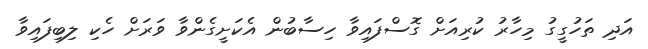
އަދި ތަހުގީގު މިހާރު ކުރިއަށް ގޮސްފައިވާ ހިސާބުން އެކަށީގެންވާ ވަރަށް ހެކި ލިބިފައިވާ